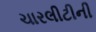
ચારલીટીની